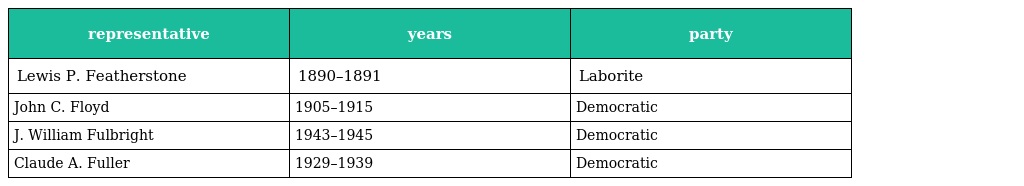
| representative | years | party |
 | --- | --- | --- |
 | Lewis P. Featherstone | 1890–1891 | Laborite |
 | John C. Floyd | 1905–1915 | Democratic |
 | J. William Fulbright | 1943–1945 | Democratic |
 | Claude A. Fuller | 1929–1939 | Democratic |